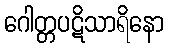
ဂေါတ္တပဋိသာရိနော